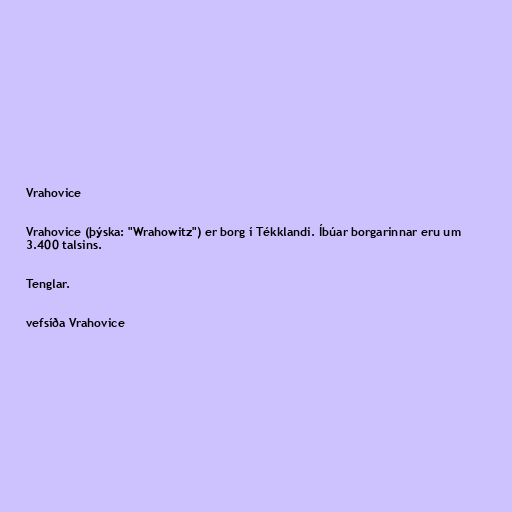
Vrahovice

Vrahovice (þýska: "Wrahowitz") er borg í Tékklandi. Íbúar borgarinnar eru um
3.400 talsins.

Tenglar.

vefsíða Vrahovice